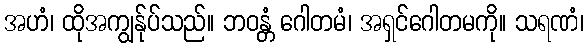
အဟံ၊ ထိုအကျွန်ုပ်သည်။ ဘဝန္တံ ဂေါတမံ၊ အရှင်ဂေါတမကို။ သရဏံ၊